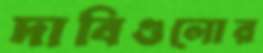
দাবিগুলোর